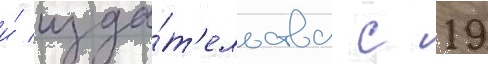
и́ изда́т'ельства с 19